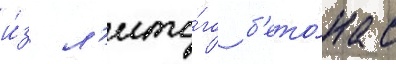
и́з л'ито́го б'ето́на с